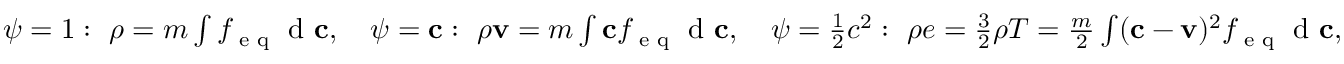
\begin{array} { r } { \psi = 1 : \ \rho = m \int f _ { \textrm { e q } } \textrm { d } \mathbf c , \quad \psi = \mathbf c : \ \rho \mathbf v = m \int \mathbf c f _ { \textrm { e q } } \textrm { d } \mathbf c , \quad \psi = \frac { 1 } { 2 } c ^ { 2 } : \ \rho e = \frac { 3 } { 2 } \rho T = \frac { m } { 2 } \int ( \mathbf c - \mathbf v ) ^ { 2 } f _ { \textrm { e q } } \textrm { d } \mathbf c , } \end{array}